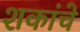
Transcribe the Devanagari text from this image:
शकांचे